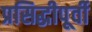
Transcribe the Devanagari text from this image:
प्रसिद्धीपूर्वी